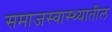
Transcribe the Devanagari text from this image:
समाजस्वास्थ्यातील